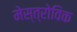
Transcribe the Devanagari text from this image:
मेस्त्रोविक